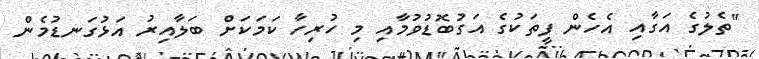
"ތެލުގެ އަގާއި އެހެން ފީތަކުގެ އަގުބޮޑުވުމާއި މި ހުރިހާ ކަމަކަށް ބަލާއިރު އަޅުގަނޑުމެން